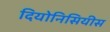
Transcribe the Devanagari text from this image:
दियोनिसियीस